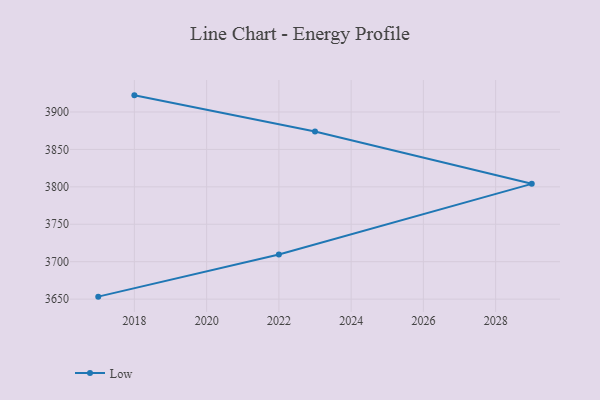
{"axis": {"x": "Year", "y": "Churn Rate (%)"}, "legend": ["Low"], "data": [{"x": "2017", "y": 3653.3, "type": "Low"}, {"x": "2022", "y": 3709.5, "type": "Low"}, {"x": "2029", "y": 3804.0, "type": "Low"}, {"x": "2023", "y": 3873.9, "type": "Low"}, {"x": "2018", "y": 3922.2, "type": "Low"}]}